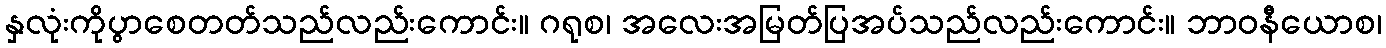
နှလုံးကိုပွာစေတတ်သည်လည်းကောင်း။ ဂရုစ၊ အလေးအမြတ်ပြအပ်သည်လည်းကောင်း။ ဘာဝနီယောစ၊